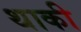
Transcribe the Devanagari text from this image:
थाकी